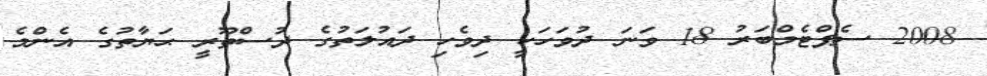
2008 ސެޕްޓެމްބަރު 18 ވަނަ ދުވަހަކީ ދިވެހި ދައުލަތުގެ ދުސްތޫރީ ޙަޔާތުގެ އެންމެ